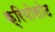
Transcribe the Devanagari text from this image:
क्रियोसोट